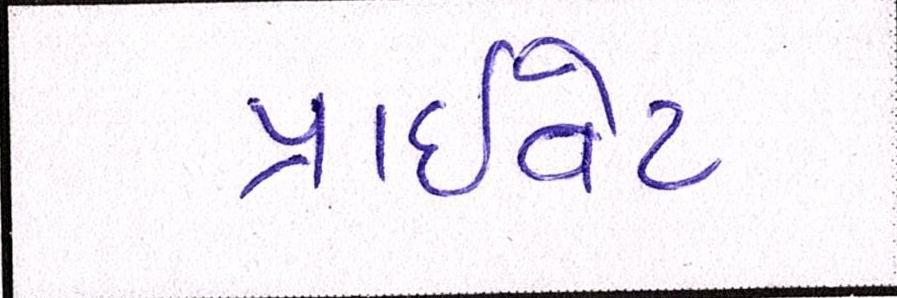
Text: પ્રાઈવેટ